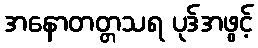
အနောတတ္တသရ ပုဒ်အဖွင့်